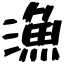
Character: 漁